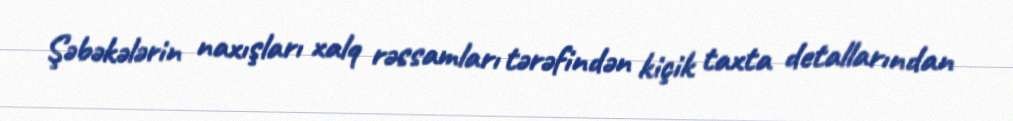
Şəbəkələrin naxışları xalq rəssamları tərəfindən kiçik taxta detallarından